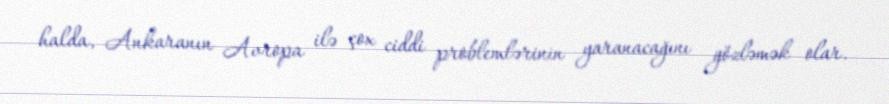
halda, Ankaranın Avropa ilə çox ciddi problemlərinin yaranacağını gözləmək olar.